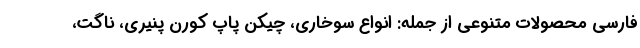
فارسی محصولات متنوعی از جمله: انواع سوخاری، چیکن پاپ کورن پنیری، ناگت،